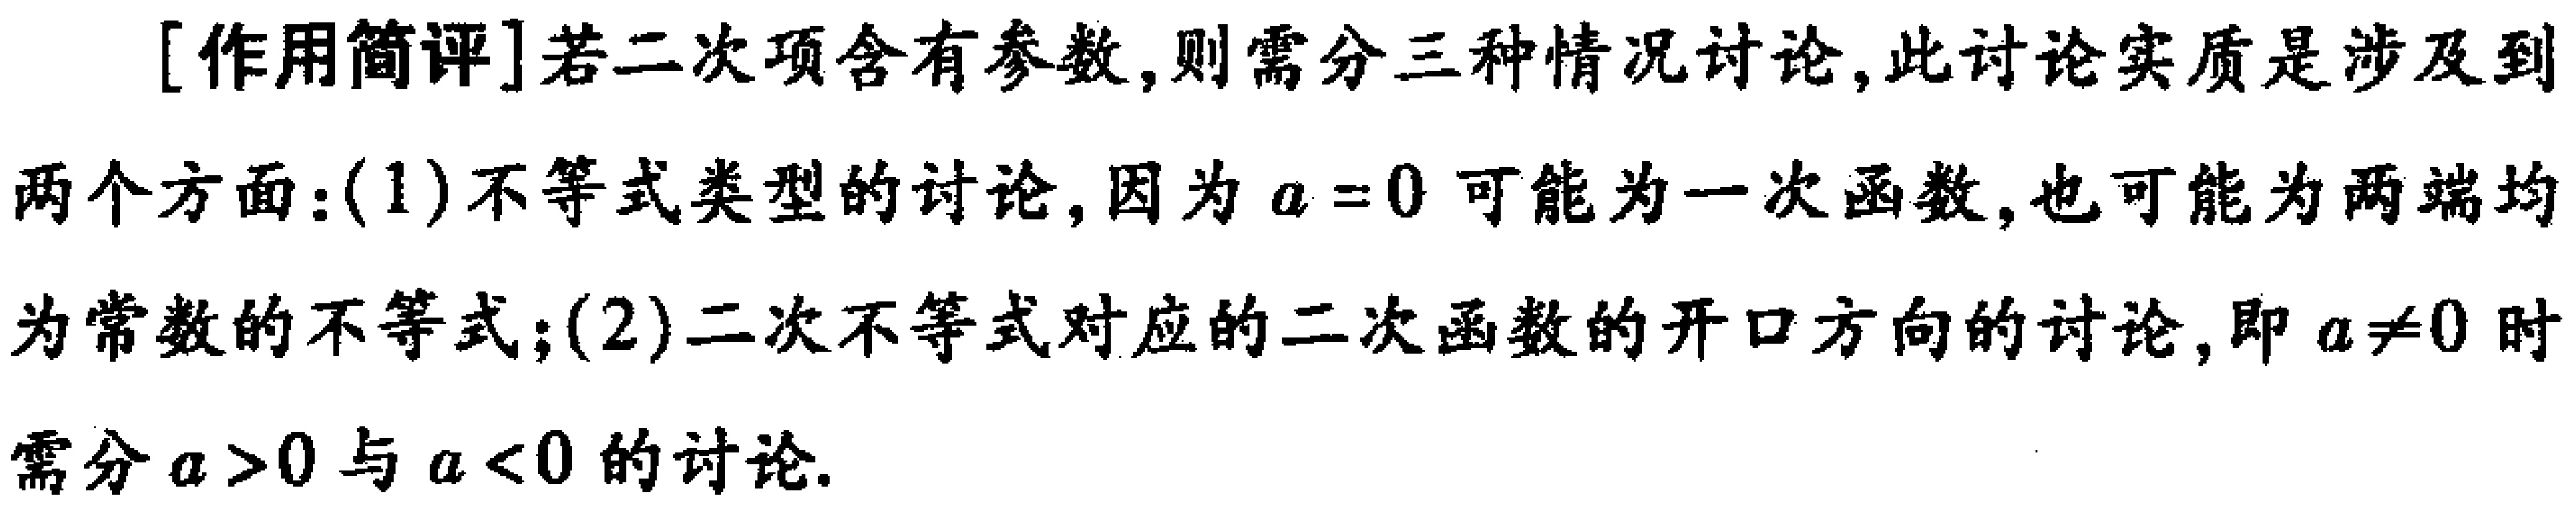
[作用简评]若二次项含有参数,则需分三种情况讨论,此讨论实质是涉及到两个方面:$(1)$不等式类型的讨论,因为\(a = 0\)可能为一次函数,也可能为两端均为常数的不等式;$(2)$二次不等式对应的二次函数的开口方向的讨论,即\(a\neq0\)时需分\(a > 0\)与\(a < 0\)的讨论.